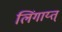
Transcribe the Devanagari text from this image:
लिंगाय्त्